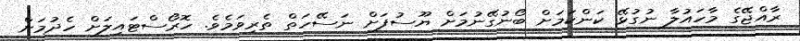
ރާއްޖޭގެ މާހައުލާ ނުގުޅޭ ކަންކަމަށް ބޯނުގޭނުމަށް ޔޫސުފަށް ނަސޭހަތް ތެރިވަމެވެ. ހޮރޯސްޓައިލަށް ހެދުމަށް